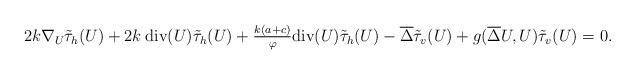
LaTeX: \begin{align*} \begin{array}{rcl} &&2k\nabla_{U}\tilde{\tau}_{h}(U)+2k\:\textup{div}(U)\tilde{\tau}_{h}(U)+ \frac{k(a+c)}{\varphi}\textup{div}(U)\tilde{\tau}_{h}(U)-\overline{\Delta}\tilde{\tau}_{v}(U)+g(\overline{\Delta}U,U)\tilde{\tau}_{v}(U)=0. \end{array} \end{align*}